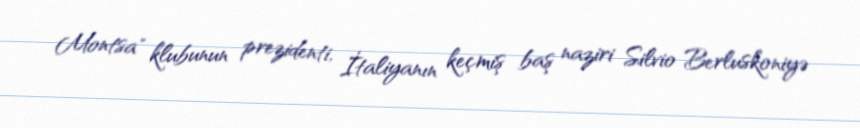
Montsa" klubunun prezidenti, İtaliyanın keçmiş baş naziri Silvio Berluskoniyə